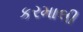
કરમાલી